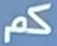
كم